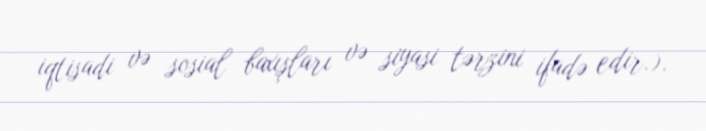
iqtisadi və sosial baxışları və siyasi tərzini ifadə edir.).